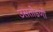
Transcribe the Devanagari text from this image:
उसतोडणी